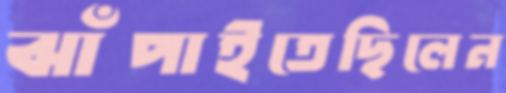
ঝাঁপাইতেছিলেন